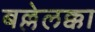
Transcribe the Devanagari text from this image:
बल्लेलक्का